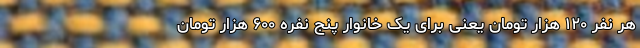
هر نفر ۱۲۰ هزار تومان یعنی برای یک خانوار پنج نفره ۶۰۰ هزار تومان